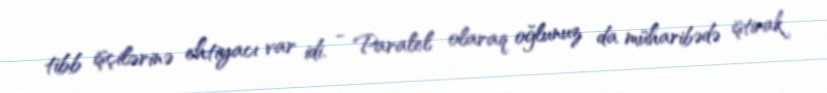
tibb işçilərinə ehtiyacı var idi. - Paralel olaraq oğlunuz da müharibədə iştirak